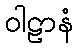
ဝါဠာနံ